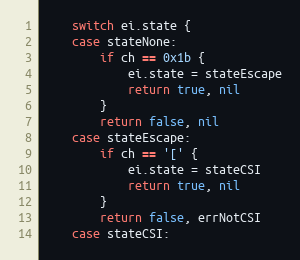
Language: Go
	switch ei.state {
	case stateNone:
		if ch == 0x1b {
			ei.state = stateEscape
			return true, nil
		}
		return false, nil
	case stateEscape:
		if ch == '[' {
			ei.state = stateCSI
			return true, nil
		}
		return false, errNotCSI
	case stateCSI: